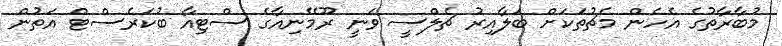
މުބާރާތުގެ އެހެން މެޗުތަކަށް ބަލާއިރު ޗެލްސީ ވަނީ ރޫމޭނިއާގެ ސްޓިއާ ބުކަރެސްޓް އަތުން